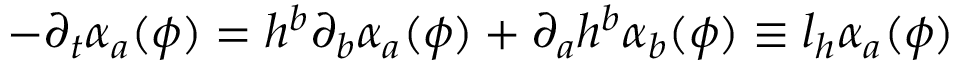
- \partial _ { t } \alpha _ { a } ( \phi ) = h ^ { b } \partial _ { b } \alpha _ { a } ( \phi ) + \partial _ { a } h ^ { b } \alpha _ { b } ( \phi ) \equiv l _ { h } \alpha _ { a } ( \phi )